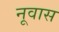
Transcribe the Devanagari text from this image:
नूवास